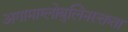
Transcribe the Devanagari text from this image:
अगामाग्लोबुलिनरक्तता